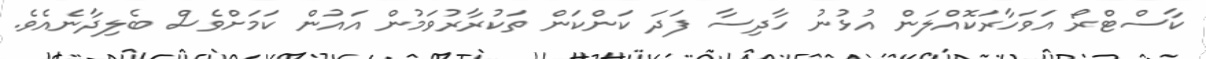
ކާސްޓްރޯ އަވަހާރަކޮއްލަން އުޅުނު ހާދިސާ ފަދަ ކަންކަން ތަކުރާރުވަމުން އައުން ކަމަށްވެސް ބެލިދާނެއެވެ.